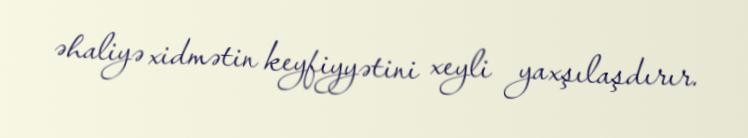
əhaliyə xidmətin keyfiyyətini xeyli yaxşılaşdırır.